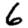
Digit: 6